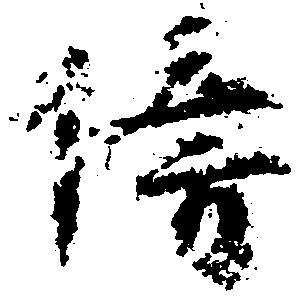
傍